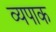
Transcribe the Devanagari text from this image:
व्यपाक